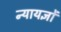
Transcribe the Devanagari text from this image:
न्यायज्ञों